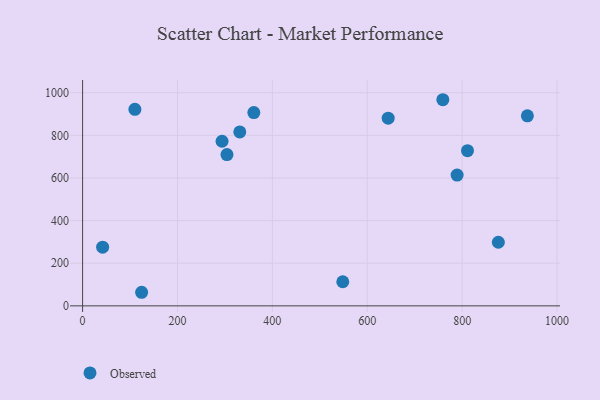
{"axis": {"x": "Price", "y": "Rating"}, "legend": ["Observed"], "data": [{"x": "110.2", "y": 922.0, "type": "Observed"}, {"x": "360.9", "y": 907.0, "type": "Observed"}, {"x": "876.3", "y": 298.4, "type": "Observed"}, {"x": "937.5", "y": 891.5, "type": "Observed"}, {"x": "331.3", "y": 815.9, "type": "Observed"}, {"x": "811.3", "y": 728.3, "type": "Observed"}, {"x": "644.1", "y": 880.5, "type": "Observed"}, {"x": "789.4", "y": 613.6, "type": "Observed"}, {"x": "304.3", "y": 709.7, "type": "Observed"}, {"x": "548.4", "y": 113.1, "type": "Observed"}, {"x": "293.9", "y": 772.4, "type": "Observed"}, {"x": "759.3", "y": 967.2, "type": "Observed"}, {"x": "42.2", "y": 275.4, "type": "Observed"}, {"x": "124.4", "y": 63.8, "type": "Observed"}]}